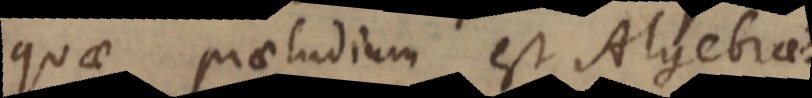
quae praeludium est Algebrae.